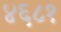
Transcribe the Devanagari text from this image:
४६८१